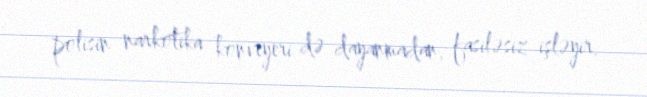
polisin narkotika konveyeri də dayanmadan, fasiləsiz işləyir.